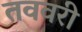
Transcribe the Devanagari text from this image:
तववरी